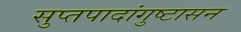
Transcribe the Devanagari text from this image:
सुप्तपादांगुष्टासन